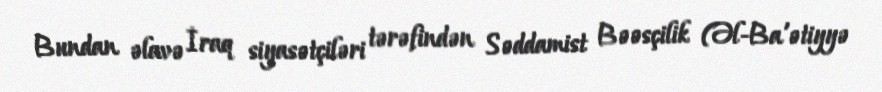
Bundan əlavə İraq siyasətçiləri tərəfindən Səddamist Bəəsçilik (Əl-Ba'ətiyyə